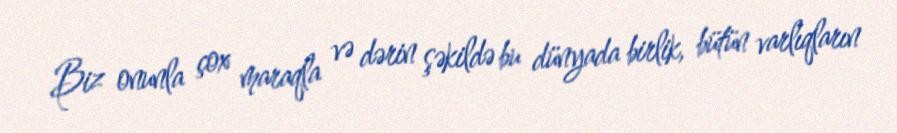
Biz onunla çox maraqla və dərin şəkildə bu dünyada birlik, bütün varlıqların